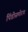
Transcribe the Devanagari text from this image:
पिंडीसमोरच